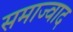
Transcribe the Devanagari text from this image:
समाज्वाद